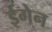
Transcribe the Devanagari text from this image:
ईगेन